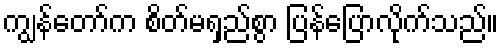
ကျွန်တော်က စိတ်မရှည်စွာ ပြန်ပြောလိုက်သည်။